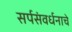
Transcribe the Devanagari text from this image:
सर्पसंवर्धनाचे